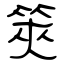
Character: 筴